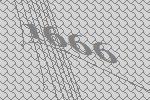
1666